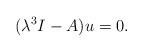
LaTeX: \begin{align*}(\lambda^3 I-A)u=0.\end{align*}